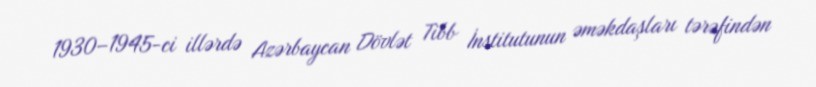
1930–1945-ci illərdə Azərbaycan Dövlət Tibb İnstitutunun əməkdaşları tərəfindən